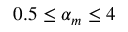
0 . 5 \leq \alpha _ { m } \leq 4